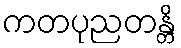
ကတပုညတန္တိ